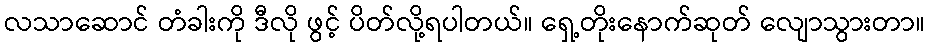
လသာဆောင် တံခါးကို ဒီလို ဖွင့် ပိတ်လို့ရပါတယ်။ ရှေ့တိုးနောက်ဆုတ် လျောသွားတာ။